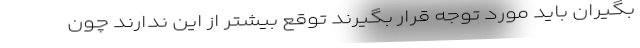
‌‌بگیران باید مورد توجه قرار بگیرند توقع بیشتر از این ندارند چون